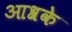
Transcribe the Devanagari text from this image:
आश्रके